Report on sanitation, dispensaries, and jails in Rajputana for 1909, and on vaccination for the year 1909-1910 - 1909-1910
Year: 1909
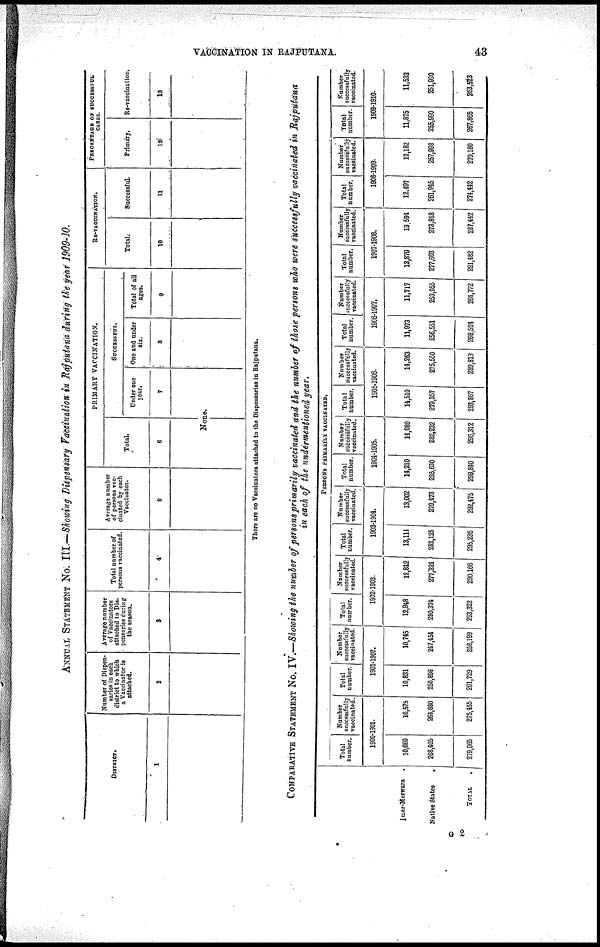
VACCINATION IN RAJPUTANA.
43
ANNUAL STATEMENT No. III.—Showing Dispensary Vaccination in Rajputana during the year 1909-10.
DSTRICT
1
Number of Dispen¬
saries In each
district to which
a Vaccinator is
attached.
2
Average number
of Vaccinatore
attached to Dis¬
pensaries during
the season.
3
Total number of
persons vaccinated.
4
Average number
of persons vac¬
cinated by each
Vaccinator.
5
PRIMARY VACCINATION.
Total.
6
SUCCESSFUL.
Under one
year.
7
None.
One and under
six.
8
Total of all
ages.
9
RE-VACCINATION.
Total.
10
Successful
11
PERCENTAGE OF SUCCESSFUL
CASES.
Primary.
12
Re-vaccination.
13
There are no Vaccinators attached to the Dispensaries in Rajputana.
COMPARATIVE STATEMENT No. IV.—Showing the number of persons primarily vaccinated and the number of those persons who were successfully vaccinated in Rajputana
in each of the undermentioned year.
Ajmer-Merwara
Native States .
TOTAL .
PERSONS PRIMARILY VACCINATED.
Total
number.
Number
successfully
vaccinated.
1900-1901.
10,660
268,405
279,065
10,575
264,880
275,455
Total
number.
Number
successfully
vaccinated.
1901-1902.
10,831
250,898
261,729
10,745
247,454
258,199
Total
number.
Number
successfully
vaccinated.
1902-1903.
12,948
280,374
293,322
12,842
277,324
290,166
Total
number.
Number
successfully
vaccinated.
1903-1904.
13,111
282,125
295,236
13,002
279,473
292,475
Total
number.
Number
successfully
vaccinated.
1904-1905.
14,210
285,630
299,840
14,080
282,232
296,312
Total
number.
Number
successfully
vaccinated.
1905-1906.
14,510
279,357
293,867
14,263
275,550
289,813
Total
number.
Number
successfully
vaccinated.
1906-1907.
11,973
256,551
268,524
11,717
253,055
264,772
Total
number.
Number
successfully
vaccinated.
1907-1908.
13,879
277,603
291,482
13,594
273,848
287,442
Total
number.
Number
successfully
vaccinated.
1908-1909.
12,497
261,945
274,442
12,182
257,998
270,180
Total
number.
Number
successfully
vaccinated.
1908-1910.
11,875
255,990
267,865
11,533
251,990
263,523